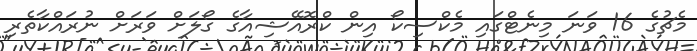
މެޗުގެ 16 ވަނަ މިނެޓްގައި މެކްސިކޯ އިން ކްރޮއޭޝިއާގެ ގޯލަށް ވަރަށް ނުރައްކާތެރި